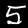
Digit: 5